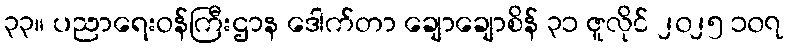
၃၃။ ပညာရေးဝန်ကြီးဌာန ဒေါက်တာ ချောချောစိန် ၃၁ ဇူလိုင် ၂၀၂၅ ၁၀၇